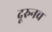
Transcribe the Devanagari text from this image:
दूरुनच